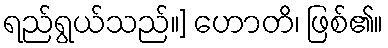
ရည်ရွယ်သည်။] ဟောတိ၊ ဖြစ်၏။